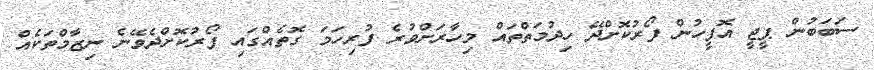
ސަބަބުން ޕީޖީ އޮފީހުން ފޯރުކޮށްދޭ ހިދުމަތްތައް މިހާރަށްވުރެ ފުރިހަމަ ގޮތެއްގައި ފޯރުކޮށްދެވޭނެ ނިޒާމްތަކެއް